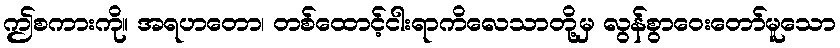
ဤစကားကို။ အရဟတော၊ တစ်ထောင့်ငါးရာကိလေသာတို့မှ လွန်စွာဝေးတော်မူသော